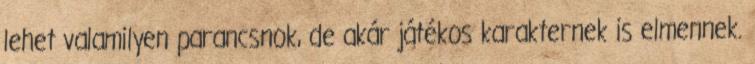
lehet valamilyen parancsnok, de akár játékos karakternek is elmennek.